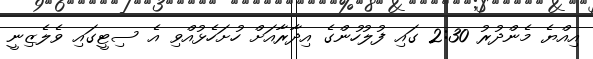
އިއްޔެ މެންދުރު 2:30 ގައި ފުލުހުންގެ އިދާރާއަށް ހުށަހެޅުއްވި އެ ސިޓީގައި ވެލެޒިނީ